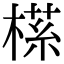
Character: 𬃶